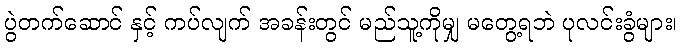
ပွဲတက်ဆောင် နှင့် ကပ်လျက် အခန်းတွင် မည်သူ့ကိုမျှ မတွေ့ရဘဲ ပုလင်းခွံများ၊